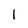
Character: 1